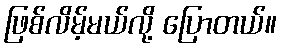
ဖြစ်လိမ့်မယ်လို့ ပြောတယ်။